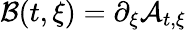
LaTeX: \mathcal{B}(t,\xi)=\partial_{\xi}\mathcal{A}_{t,\xi}